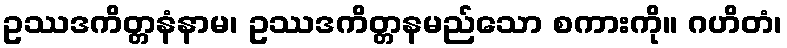
ဥဿဒကိတ္တနံနာမ၊ ဥဿဒကိတ္တနမည်သော စကားကို။ ဂဟိတံ၊